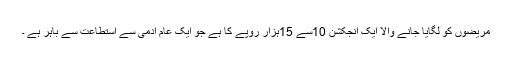
مریضوں کو لگایا جانے والا ایک انجکشن 10سے 15ہزار روپے کا ہے جو ایک عام آدمی سے استطاعت سے باہر ہے ۔